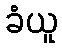
ခံယူ